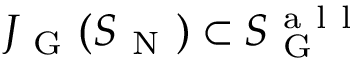
J _ { \mathrm { ~ G ~ } } ( S _ { \mathrm { ~ N ~ } } ) \subset S _ { \mathrm { ~ G ~ } } ^ { \mathrm { ~ a ~ l ~ l ~ } }